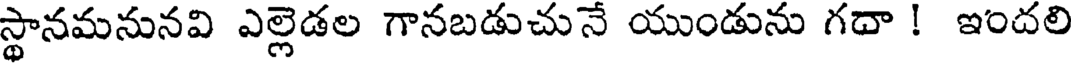
స్థానమనునవి ఎల్లెడల గానబడుచునే యుండును గదా ! ఇందలి